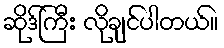
ဆိုဒ်ကြီး လိုချင်ပါတယ်။